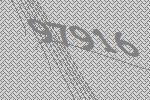
97916